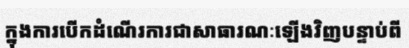
ក្នុងការបើកដំណើរការជាសាធារណៈឡើងវិញបន្ទាប់ពី